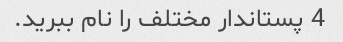
4 پستاندار مختلف را نام ببرید.